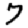
Digit: 7